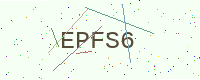
Text: EPFS6